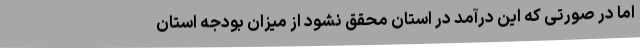
اما در صورتی که این درآمد در استان محقق نشود از میزان بودجه استان